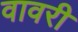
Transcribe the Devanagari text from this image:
वावरी